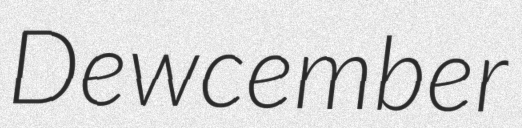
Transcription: Dewcember